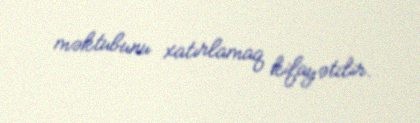
məktubunu xatırlamaq kifayətdir.